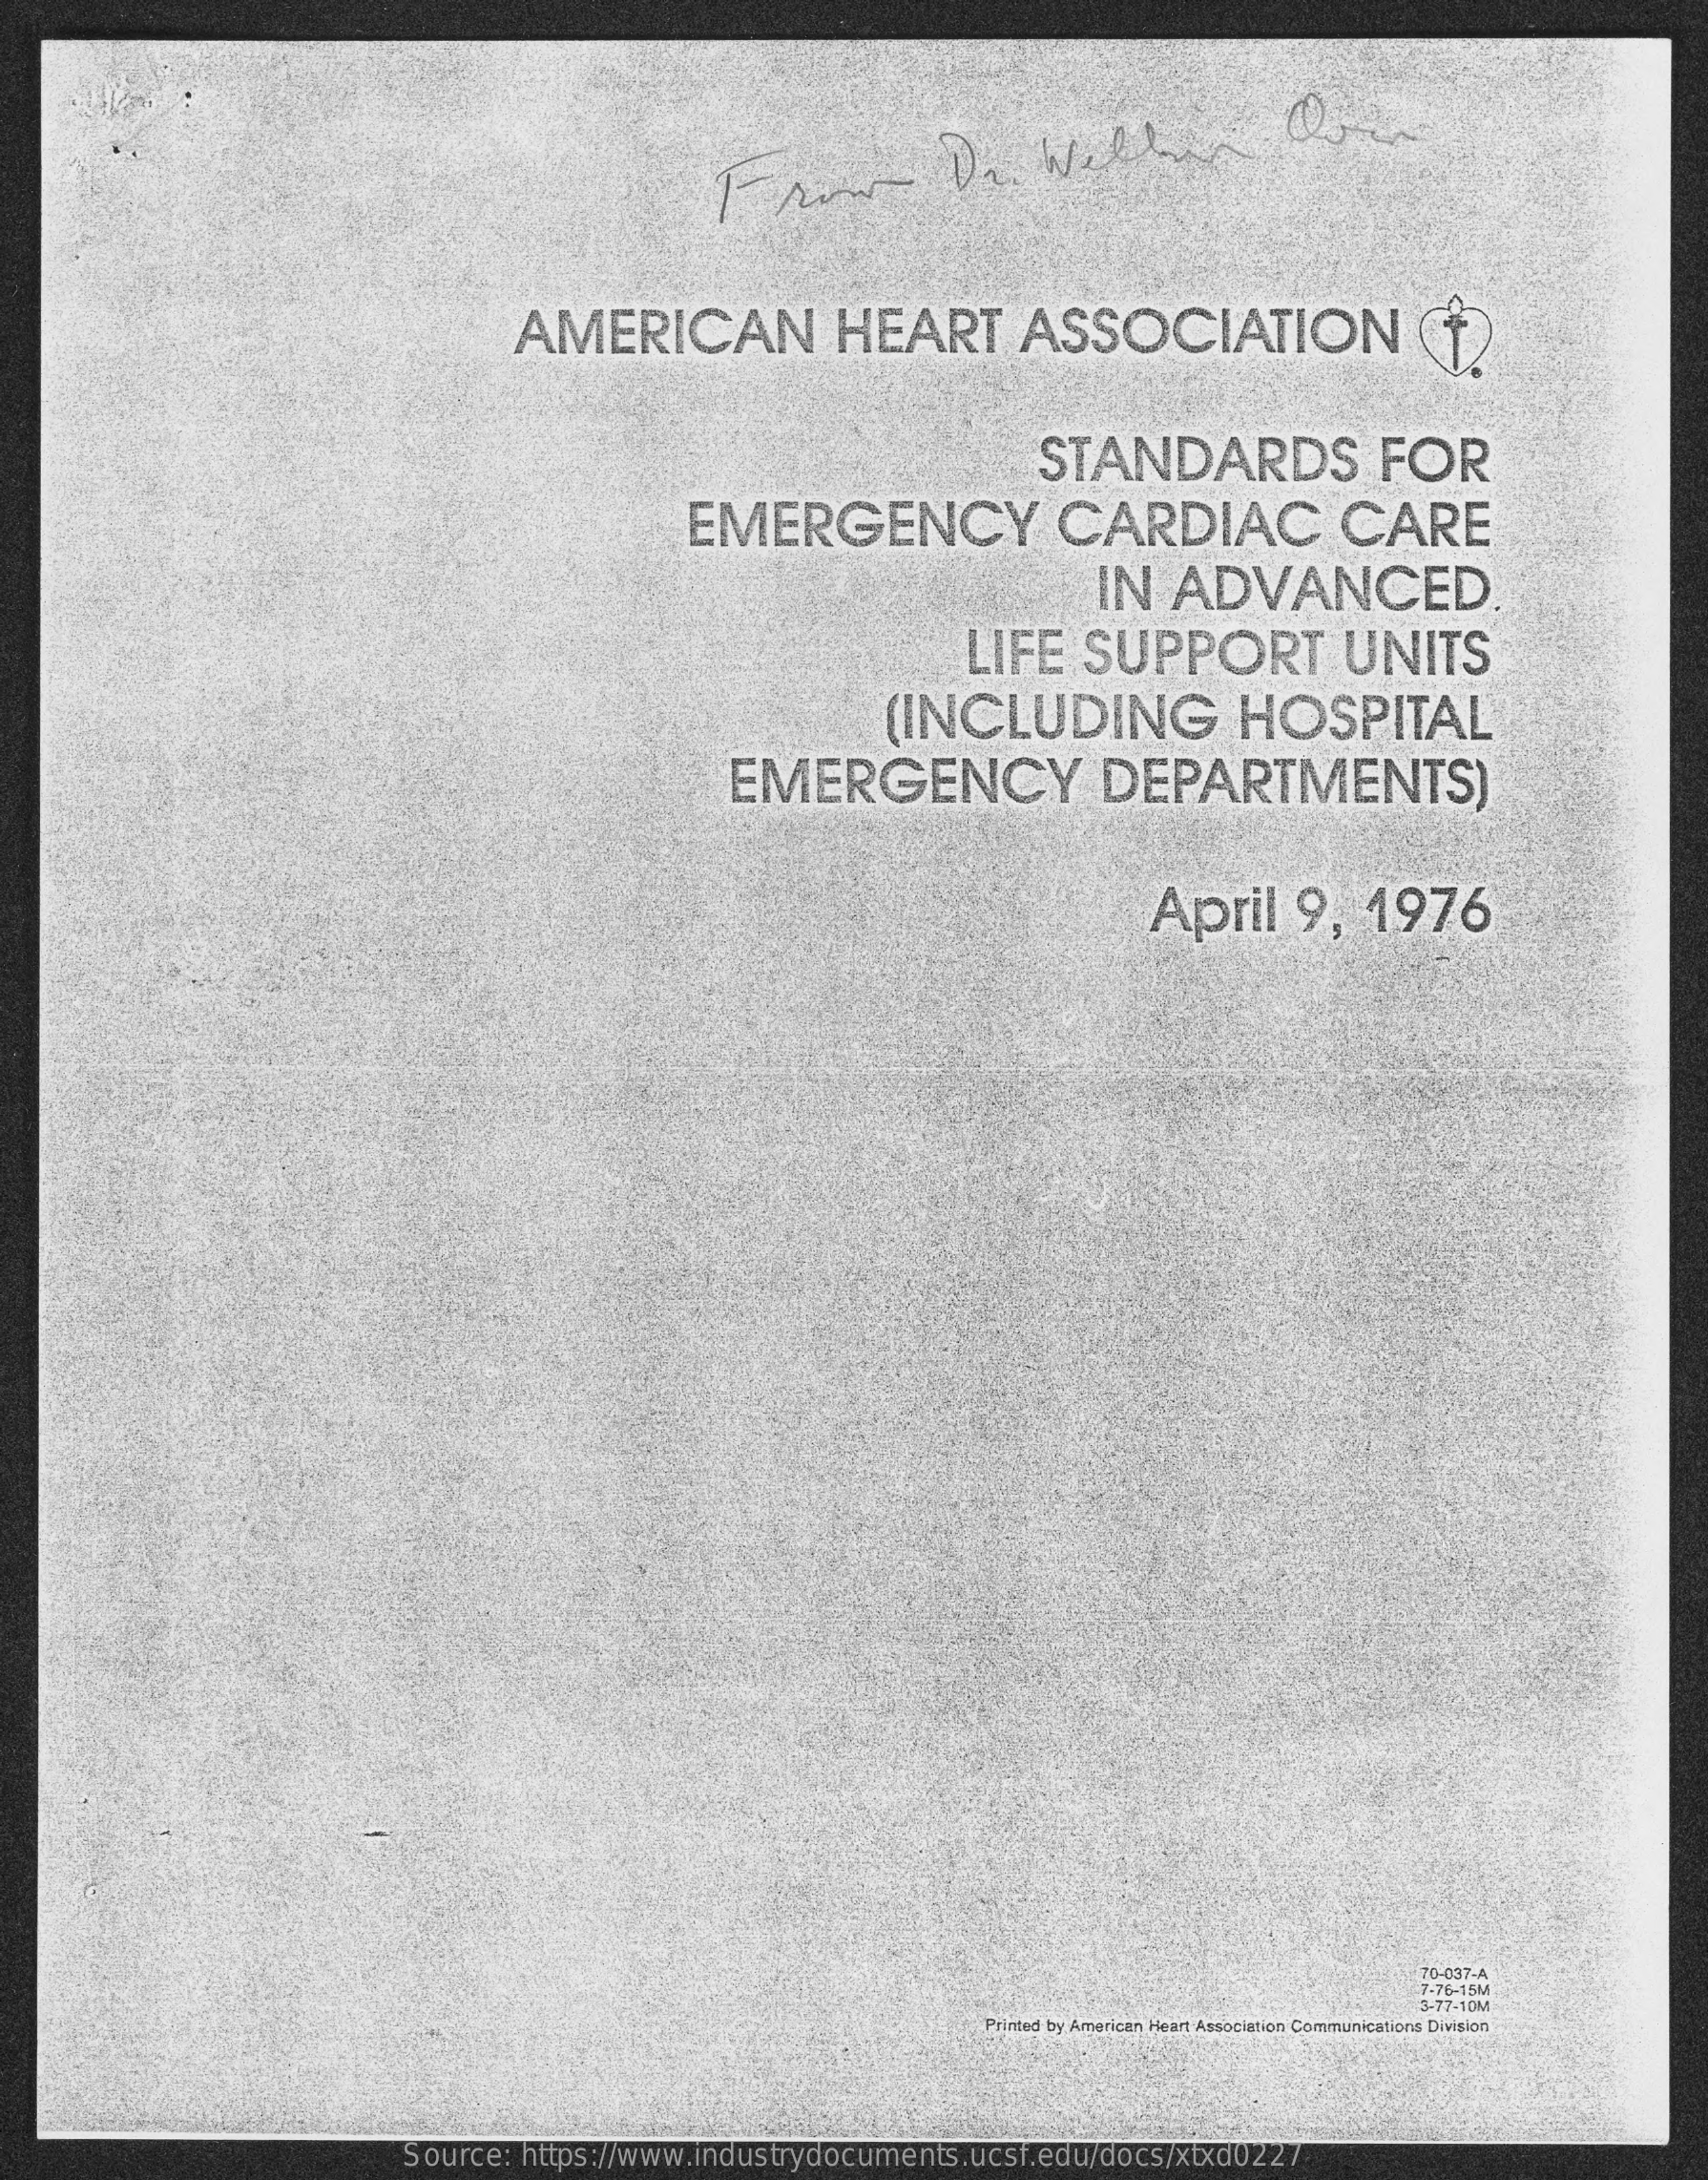
AMERICAN    HEART    ASSOCIATION
     STANDARDS    FOR
     EMERGENCY    CARDIAC    CARE
     IN   ADVANCED
     LIFE   SUPPORT    UNITS
     (INCLUDING    HOSPITAL
     EMERGENCY    DEPARTMENTS)
     April    9,  1976
     70-037-A
     7-76-15M
     3-77-10M
     Printed by American Heart Association Communications Division
     Source: https://www.industrydocuments.ucsf.edu/docs/xtxd0227